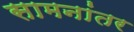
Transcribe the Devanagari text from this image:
सामनांतर